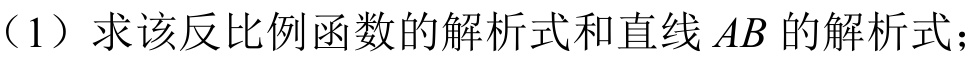
（1）求该反比例函数的解析式和直线\(AB\)的解析式；